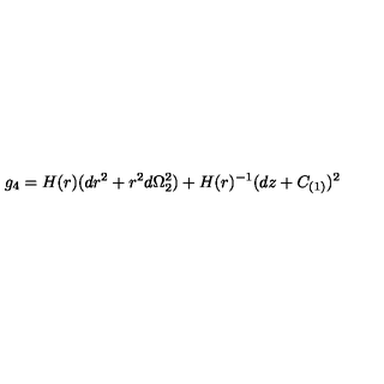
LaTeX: g _ { 4 } = H ( r ) ( d r ^ { 2 } + r ^ { 2 } d \Omega _ { 2 } ^ { 2 } ) + H ( r ) ^ { - 1 } ( d z + C _ { ( 1 ) } ) ^ { 2 }